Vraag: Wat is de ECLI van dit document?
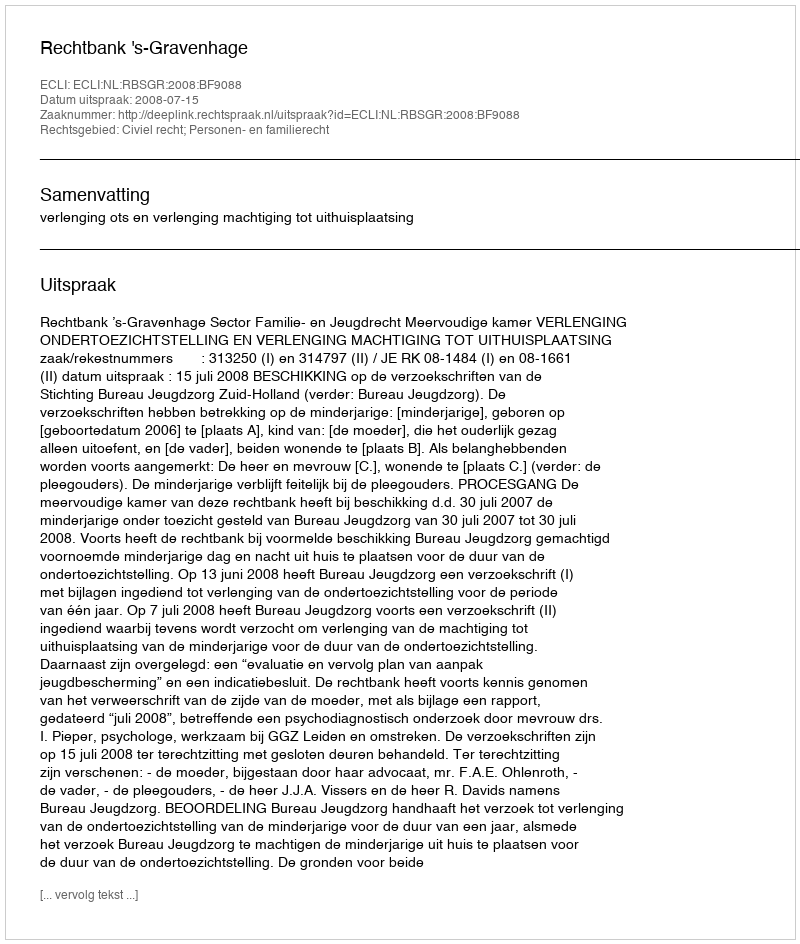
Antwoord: ECLI:NL:RBSGR:2008:BF9088